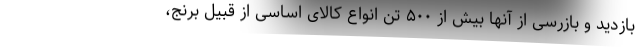
بازدید و بازرسی از آنها بیش از ۵۰۰ تن انواع کالای اساسی از قبیل برنج،